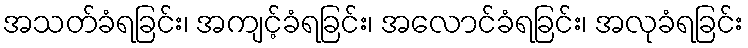
အသတ်ခံရခြင်း၊ အကျင့်ခံရခြင်း၊ အလောင်ခံရခြင်း၊ အလုခံရခြင်း